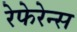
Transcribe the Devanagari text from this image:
रेफेरेन्स